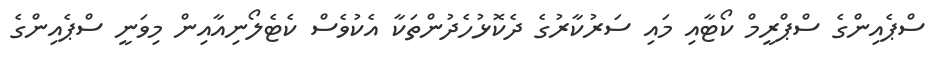
ސްޕެއިންގެ ސްޕްރީމް ކޯޓާއި މައި ސަރުކާރުގެ ދެކޮޅުހެދުންތަކާ އެކުވެސް ކެޓެލޯނިއާއިން މިވަނީ ސްޕެއިންގެ